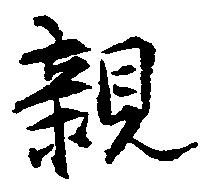
親